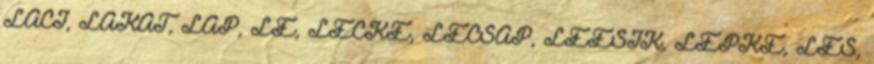
LACI, LAKAT, LAP, LE, LECKE, LECSAP, LEESIK, LEPKE, LES,